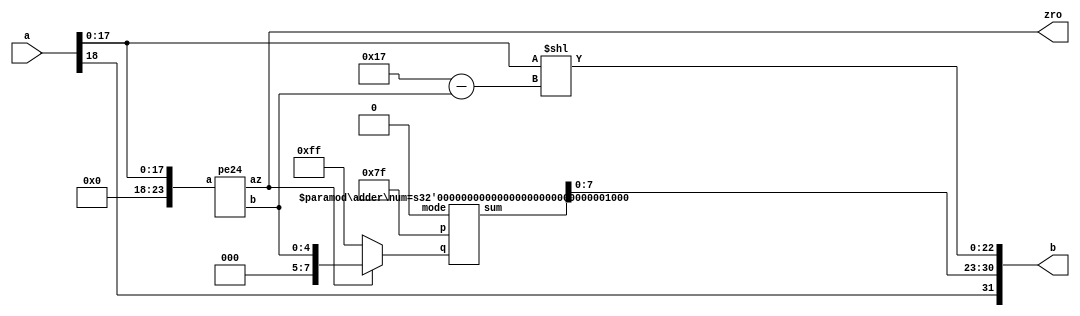
//////////////////////////////////////////////////////////////////////////////////////////////////////////////
//                  Company              :   SMDP-C2SD                                                      //
//                  Design Name          :   Feature Extraction Engine                                      //
//                  Target Devices       :   ASIC (SCL-180nm)    :   ZedBoard (FPGA-ZC702)                  //
//                  Tool versions        :   Cadence Genus       :   Vivado                                 //
//                                                                                                          //
//                  Design Engineer      :   DHAYALAKUMAR M & SKANDHA DEEPSITA S                            //
//                  Project Co-Ordinator :   Dr NOOR MAHAMMAD SK                                            //
//////////////////////////////////////////////////////////////////////////////////////////////////////////////

/*	
	Exponent	Mantissa	Object
	0 			0 			Zero
	0 			Nonzero 	Denormalized number*
	1-254 		Anything 	+/- FP number
	255 		0 			+ / - infinity
	255 		Nonzero 	NaN
	
	
	
	Type							Sign	Actual Exp		Exp (biased)	Exponent field	Fraction field					Value
	Zero							0		126			0				0000 0000		000 0000 0000 0000 0000 0000	0.0
	Negative zero					1		126			0				0000 0000		000 0000 0000 0000 0000 0000	0.0
	One								0		0				127				0111 1111		000 0000 0000 0000 0000 0000	1.0
	Minus One						1		0				127				0111 1111		000 0000 0000 0000 0000 0000	1.0
	Smallest denormalized number	*		126			0				0000 0000		000 0000 0000 0000 0000 0001	223  2126 = 2149  1.41045
	"Middle" denormalized number	*		126			0				0000 0000		100 0000 0000 0000 0000 0000	21  2126 = 2127  5.881039
	Largest denormalized number		*		126			0				0000 0000		111 1111 1111 1111 1111 1111	(1223)  2126  1.181038
	Smallest normalized number		*		126			1				0000 0001		000 0000 0000 0000 0000 0000	2126  1.181038
	Largest normalized number		*		127				254				1111 1110		111 1111 1111 1111 1111 1111	(2223)  2127  3.41038
	Positive infinity				0		128				255				1111 1111		000 0000 0000 0000 0000 0000	+
	Negative infinity				1		128				255				1111 1111		000 0000 0000 0000 0000 0000	
	Not a number					*		128				255				1111 1111		non zero						NaN
*/

module fxd2flot(a, b, zro);

parameter in = 19;			// input resolution
parameter man = 23;			// Mantisa resolution in bits without hidden bit
parameter exp = 8;			// Exponent Resolution

input [in-1:0] a;			// 1 18 (sign Magnitude)
output [exp+man:0] b;		// Floating Point 1 8 23;
output zro;

wire [4:0] o;
wire [7:0] o1;
wire x;

pe24 t({{(man-in+2){1'b0}}, a[in-2:0]}, o, zro);

assign b[exp+man] = a[in-1];
assign o1 = zro ? {3'b0, o} : 8'd255;
adder #(exp) t0(8'd127, o1, 1'b0, {x, b[man+exp-1:man]}); 
assign b[man-1:0] = {{(man-in+2){1'b0}}, a[in-2:0]}<<(5'd23-o);

endmodule

`define DSPoperator

module adder(p, q, mode, sum);

parameter num = 25;

output [num:0] sum;
input [num-1:0] p,q;
input mode;

wire [num:0] temp, temp1;

`ifdef DSPoperator
wire [num:0] temp2, temp3;
    assign temp2[num:0] = p[num-1] ? -{2'b0, p[num-2:0]}:{1'b0,p};
    assign temp3[num:0] = q[num-1] ? -{2'b0, q[num-2:0]}:{1'b0,q};
    assign temp[num:0] = mode ? temp2-temp3 : temp2+temp3;
`else
    wire [2*num+1:0] x [0:$clog2(num+1)];
    wire [num:0] a1, b1, a, b;

    assign a1 = {(num+1){p[num-1]}}^{2'b0, p[num-2:0]};
    assign b1 = {(num+1){mode^q[num-1]}}^{2'b0, q[num-2:0]};
    assign a[0] = a1[0];
    assign b[0] = b1[0];
    assign b[1] = p[num-1]&(q[num-1]^mode);
    assign a[num] = a1[num]^b1[num];

    assign x[0][1:0]={2{p[num-1]^q[num-1]^mode}};  					// Input carry

    genvar i, j;
    generate
    begin:ha_fa			//halfadder
        for(i=1; i<num; i=i+1) begin
        halfadd t0({a1[i],b1[i]}, a[i], b[i+1]);
        end
    end

    begin: kgp_gen		// kgp generation
        for (i=0; i<num; i=i+1) begin
        kgp t(a[i], b[i], x[0][2*i+3:2*i+2]);
        end
    end
    begin:recursiveStg	//recursive
        for (i=0; i<$clog2(num+1); i=i+1)
        begin
        assign x[i+1][(2**(i+1))-1:0]=x[i][(2**(i+1))-1:0];
            for(j=(2**(i+1)); j<2*num+1; j=j+2)
            begin
            recursive_stage1 s(x[i][j+1-(2**(i+1)):j-(2**(i+1))],x[i][j+1:j],x[i+1][j+1:j]);		
            end
        end
    end
    begin:addition		// SUM Calculation
        for(i=0; i<num+1; i=i+1) begin
        assign temp[i] = a[i]^b[i]^x[$clog2(num)][2*i];
        end
    end
    endgenerate
`endif
    assign temp1 = -temp;
    assign sum = temp[num] ? ({temp[num], temp1[num-1:0]}) : (temp);

endmodule

`ifdef DSPoperator

`else

    module kgp(a,b,y);

    input a,b;						output [1:0] y;

    assign y[0]=a | b;
    assign y[1]=a & b;

    endmodule



    module recursive_stage1(a,b,y);

    input [1:0] a,b;				output [1:0] y;

    wire [1:0] y;
    wire b0;
    not n1(b0,b[1]);
    wire f,g0,g1;
    and a1(f,b[0],b[1]);
    and a2(g0,b0,b[0],a[0]);
    and a3(g1,b0,b[0],a[1]);

    or o1(y[0],f,g0);
    or o2(y[1],f,g1);

    endmodule

    module halfadd(x, sum, carry);

output sum,carry;
input [1:0] x;

	assign	 sum = x[1] ^ x[0];
	assign 	 carry = x[1] & x[0];
	
endmodule



module fulladd(x, sum, carry);

output sum,carry;
input [2:0] x;

wire w;	
	assign 	 w = x[2] ^ x[1];
        assign	 sum = w ^ x[0];
	assign 	 carry = (x[2] & x[1])|(w & x[0]);
endmodule
`endif

module pe24(a,b,az);

input [23:0] a;
output [4:0] b;
output az;

wire [17:0] o;
wire [4:0] o1;
wire [7:0] o2;

	pe4 t0(a[3:0],o[1:0],o[12]);
	pe4 t1(a[7:4],o[3:2],o[13]);
	pe4 t2(a[11:8],o[5:4],o[14]);
	pe4 t3(a[15:12],o[7:6],o[15]);
	pe4 t4(a[19:16],o[9:8],o[16]);
	pe4 t5(a[23:20],o[11:10],o[17]);
	
	
	pe4 t6(o[15:12], o1[1:0], o1[3]);
	assign o1[2] = o[17];
	assign o1[4] = |o[17:16];
	
	mux4x1 t7(o1[1:0], o[7:0], o2[3:0]);
	assign o2[5:4] = o1[2] ? o[11:10]:o[9:8];
	assign o2[7:6] = {1'b0, o1[2]};
	assign b[4] = o1[4];
	assign b[3:0] = o1[4] ? o2[7:4] : o2[3:0];
	assign az = o1[4] ? o1[4] : o1[3];

endmodule

module pe4(a,b,o);

input [3:0] a;
output [1:0] b;
output o;

assign o = |a;
assign b[1] = |a[3:2];
assign b[0] = b[1] ? (a[3]) : (a[1]);

endmodule


module mux4x1(sel, a , y);
parameter n=2;

input [4*n-1:0] a;
input [1:0] sel;
output [n+1:0] y;

wire [n-1:0] y1;

assign y1 = sel[1] ? (sel[0] ? (a[4*n-1:3*n]) : (a[3*n-1:2*n])) : (sel[0] ? (a[2*n-1:n]) : (a[n-1:0]));
assign y = {sel, y1};

endmodule